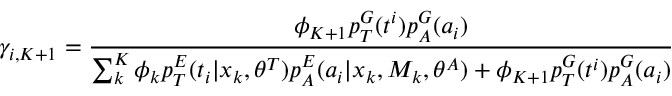
\gamma _ { i , K + 1 } = \frac { \phi _ { K + 1 } p _ { T } ^ { G } ( t ^ { i } ) p _ { A } ^ { G } ( a _ { i } ) } { \sum _ { k } ^ { K } \phi _ { k } p _ { T } ^ { E } ( t _ { i } | x _ { k } , \theta ^ { T } ) p _ { A } ^ { E } ( a _ { i } | x _ { k } , M _ { k } , \theta ^ { A } ) + \phi _ { K + 1 } p _ { T } ^ { G } ( t ^ { i } ) p _ { A } ^ { G } ( a _ { i } ) }